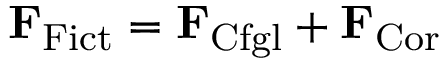
\mathbf { F } _ { \mathrm { F i c t } } = \mathbf { F } _ { \mathrm { C f g l } } + \mathbf { F } _ { \mathrm { C o r } }